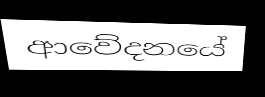
ආවේදනයේ